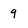
Character: 9